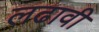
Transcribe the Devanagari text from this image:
लढावी